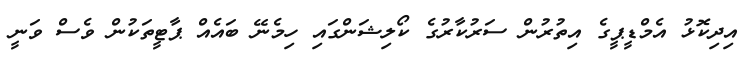
އިދިކޮޅު އެމްޑީޕީގެ އިތުރުން ސަރުކާރުގެ ކޯލިޝަންގައި ހިމެނޭ ބައެއް ޕާޓީތަކުން ވެސް ވަނީ